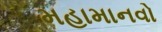
મહામાનવો